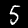
Label: 5